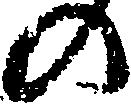
の